Scottish Leaving Certificate Examination, 1953
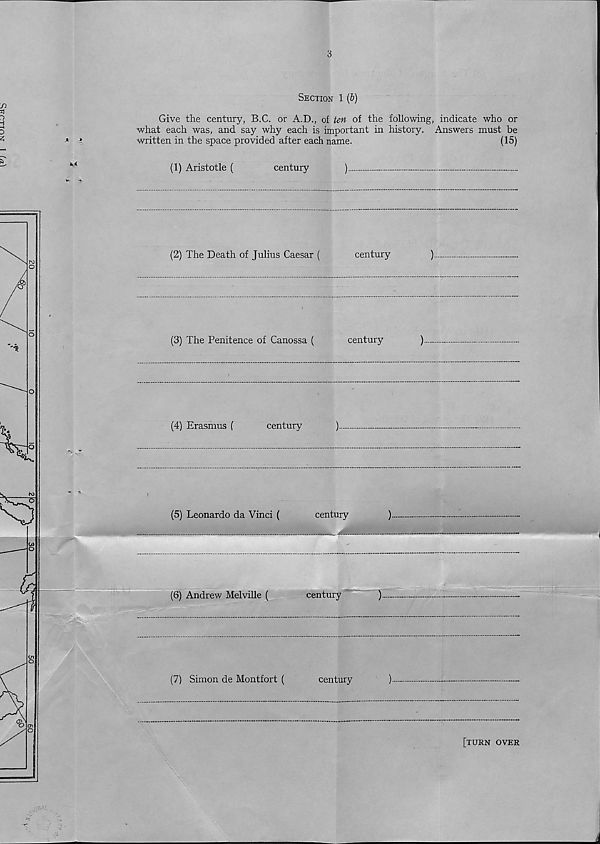
3
Section 1 (b)
Give the century, B.C. or A.D., of ten of the following, indicate who or
what each was, and say why each is important in history. Answers must be
written in the space provided after each name.
(15)
(1) Aristotle (
century
)
(2) The Death of Julius Caesar (
century
)
(3) The Penitence of Canossa (
century
)
(4) Erasmus (
century
)
(5) Leonardo da Vinci (
century
)
(6) Andrew Melville (
century
).
(7) Simon de Montfort (
century
)
[turn over